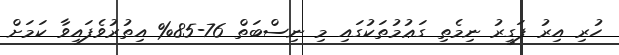
ހުރި އިރު ފަގީރު ނިމެތި ގަޢުމުތަކުގައި މި ނިސްބަތް 76-85% އިތުރުވެފައިވާ ކަމަށް